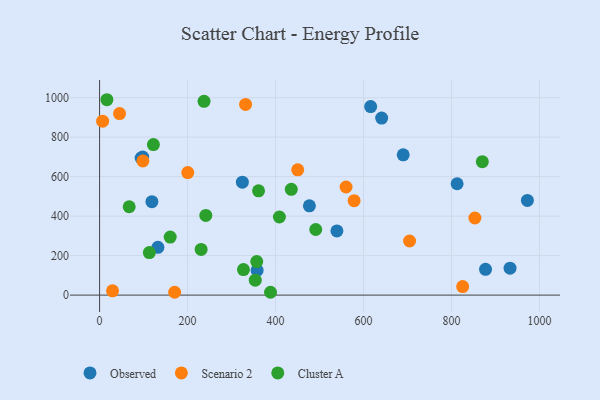
{"axis": {"x": "Price", "y": "Demand"}, "legend": ["Cluster A", "Observed", "Scenario 2"], "data": [{"x": "98.0", "y": 699.3, "type": "Observed"}, {"x": "539.4", "y": 325.3, "type": "Observed"}, {"x": "641.1", "y": 896.5, "type": "Observed"}, {"x": "132.5", "y": 241.8, "type": "Observed"}, {"x": "358.0", "y": 125.0, "type": "Observed"}, {"x": "476.9", "y": 452.4, "type": "Observed"}, {"x": "812.6", "y": 564.1, "type": "Observed"}, {"x": "972.3", "y": 479.8, "type": "Observed"}, {"x": "690.1", "y": 710.6, "type": "Observed"}, {"x": "94.4", "y": 694.1, "type": "Observed"}, {"x": "932.9", "y": 136.4, "type": "Observed"}, {"x": "616.1", "y": 954.9, "type": "Observed"}, {"x": "324.5", "y": 572.2, "type": "Observed"}, {"x": "118.9", "y": 473.4, "type": "Observed"}, {"x": "877.2", "y": 130.7, "type": "Observed"}, {"x": "578.5", "y": 478.4, "type": "Scenario 2"}, {"x": "704.5", "y": 274.1, "type": "Scenario 2"}, {"x": "560.2", "y": 547.7, "type": "Scenario 2"}, {"x": "29.4", "y": 21.6, "type": "Scenario 2"}, {"x": "98.4", "y": 679.8, "type": "Scenario 2"}, {"x": "170.6", "y": 14.3, "type": "Scenario 2"}, {"x": "853.0", "y": 390.5, "type": "Scenario 2"}, {"x": "825.2", "y": 43.1, "type": "Scenario 2"}, {"x": "331.8", "y": 965.9, "type": "Scenario 2"}, {"x": "6.9", "y": 880.8, "type": "Scenario 2"}, {"x": "200.4", "y": 620.6, "type": "Scenario 2"}, {"x": "45.4", "y": 919.5, "type": "Scenario 2"}, {"x": "450.3", "y": 634.7, "type": "Scenario 2"}, {"x": "491.3", "y": 332.4, "type": "Cluster A"}, {"x": "361.3", "y": 528.2, "type": "Cluster A"}, {"x": "353.8", "y": 75.4, "type": "Cluster A"}, {"x": "408.7", "y": 395.7, "type": "Cluster A"}, {"x": "388.5", "y": 14.4, "type": "Cluster A"}, {"x": "435.7", "y": 536.0, "type": "Cluster A"}, {"x": "113.1", "y": 215.6, "type": "Cluster A"}, {"x": "241.4", "y": 403.5, "type": "Cluster A"}, {"x": "357.2", "y": 169.9, "type": "Cluster A"}, {"x": "230.8", "y": 231.2, "type": "Cluster A"}, {"x": "327.0", "y": 129.2, "type": "Cluster A"}, {"x": "237.4", "y": 981.7, "type": "Cluster A"}, {"x": "160.5", "y": 293.9, "type": "Cluster A"}, {"x": "869.9", "y": 676.0, "type": "Cluster A"}, {"x": "67.3", "y": 447.5, "type": "Cluster A"}, {"x": "16.6", "y": 989.7, "type": "Cluster A"}, {"x": "122.3", "y": 762.7, "type": "Cluster A"}]}